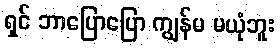
ရှင် ဘာပြောပြော ကျွန်မ မယုံဘူး